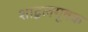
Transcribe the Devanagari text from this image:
शाद्वलमूषक